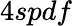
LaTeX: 4spdf